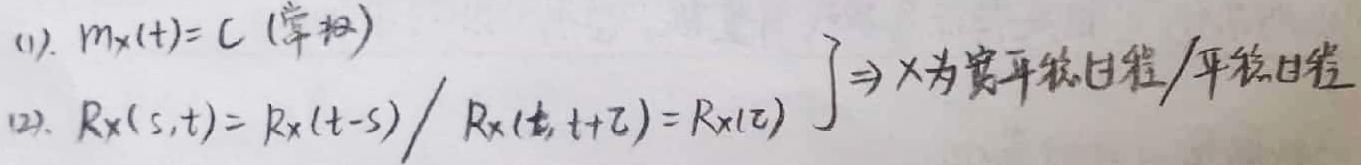
(1). $m_X(t)=C$ (常数)
(2). $R_X(s,t)=R_X(t - s)/R_X(t,t+\tau)=R_X(\tau)$  $\left.\begin{array}{l} \end{array}\right\}\Rightarrow X\text{为宽平稳过程/平稳过程}$